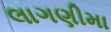
લાગણીમા